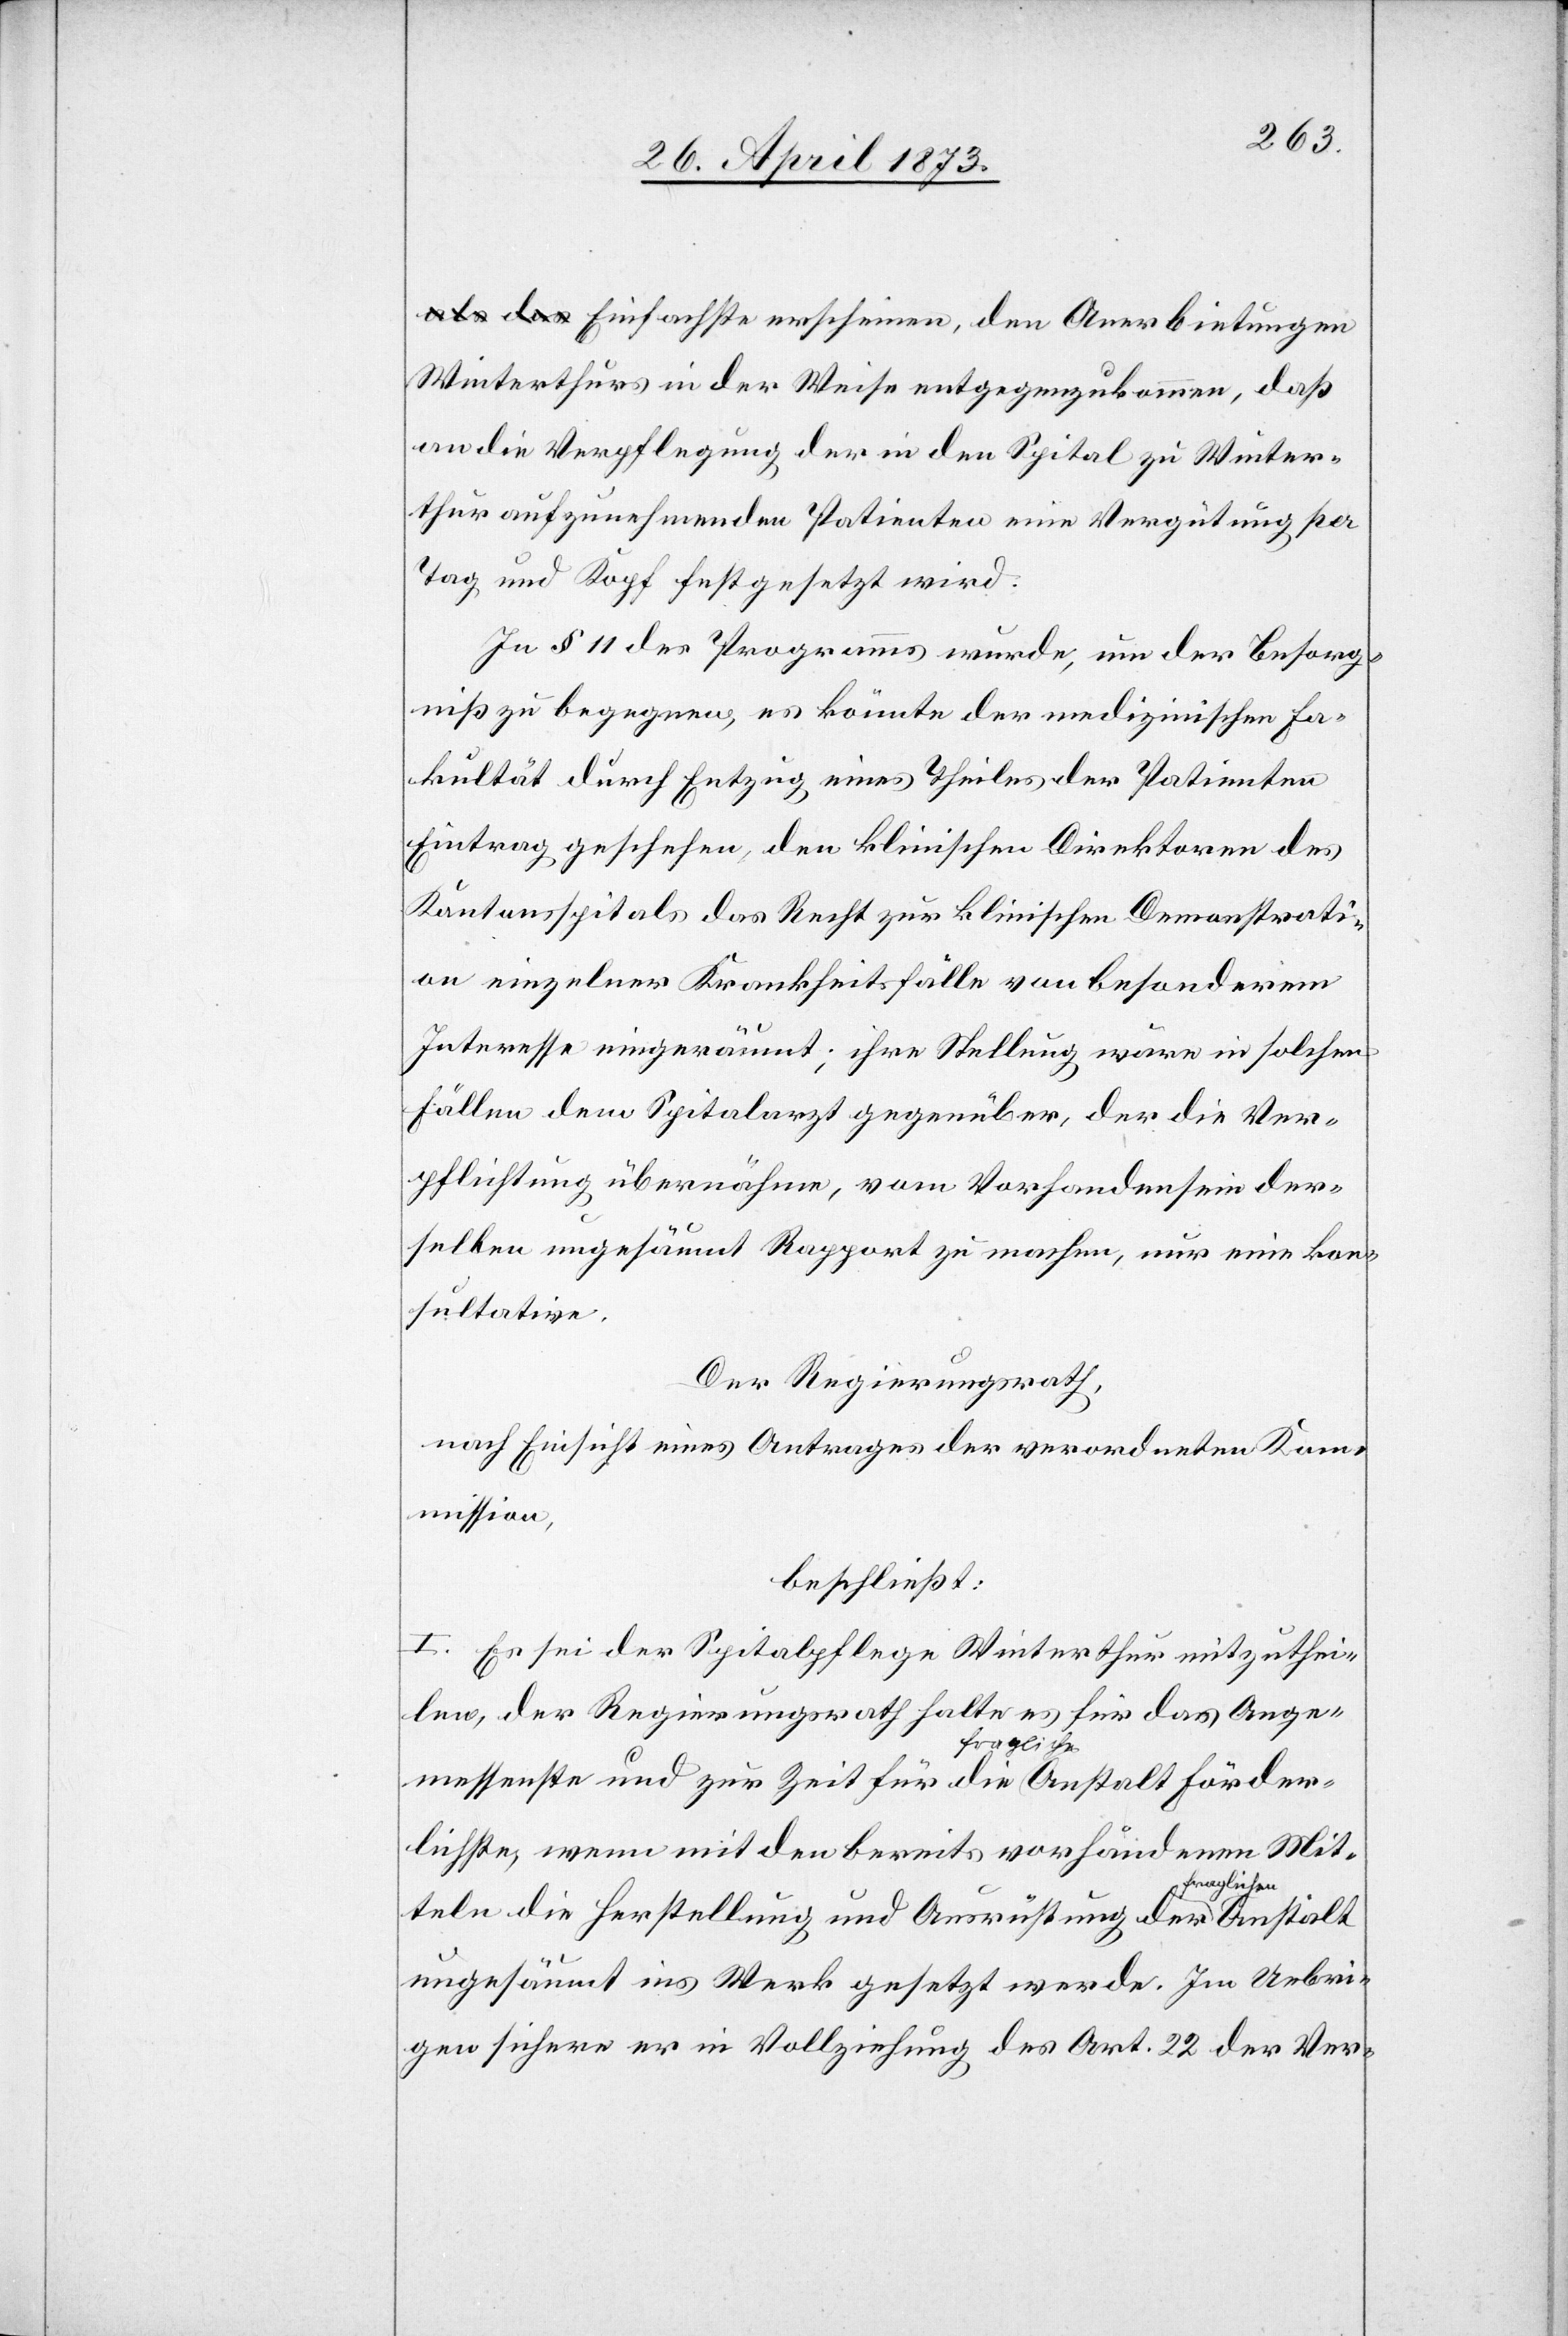
Winterthurs in der Weise entgegenzukommen, daß
an die Verpflegung der in den Spital zu Winter¬
thur aufzunehmenden Patienten eine Vergütung per
Tag und Kopf festgesetzt wird.
In § 11 des Programms wurde, um der Besorg¬
niß zu begegnen, es könnte der medizinischen Fa¬
kultät durch Entzug eines Theiles der Patienten
Eintrag geschehen, den klinischen Direktoren des
Kantonsspitals das Recht zur klinischen Demonstrati¬
on einzelner Krankheitsfälle von besonderem
Interesse eingeräumt; ihre Stellung wäre in solchen
Fällen dem Spitalarzt gegenüber, der die Ver¬
pflichtung übernähme, vom Vorhandensein der¬
selben ungesäumt Rapport zu machen, nur eine kon¬
sultative.
Der Regierungsrath,
nach Einsicht eines Antrages der verordneten Kom¬
mission,
beschließt:
I. Es sei der Spitalpflege Winterthur mitzuthei¬
len, der Regierungsrath halte es für das Ange¬
messenste und zur Zeit für die fragliche Anstalt Förder¬
lichste, wenn mit den bereits vorhandenen Mit¬
hen
teln die Herstellung und Ausrüstung der fraglic¬
ungesäumt ins Werk gesetzt werde. Im Uebri¬
gen sichere er in Vollziehung des Art. 22 der Ver-